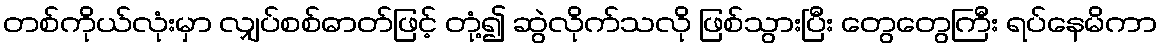
တစ်ကိုယ်လုံးမှာ လျှပ်စစ်ဓာတ်ဖြင့် တုံ့၍ ဆွဲလိုက်သလို ဖြစ်သွားပြီး တွေတွေကြီး ရပ်နေမိကာ